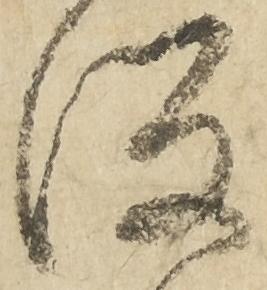
坂